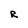
Character: R